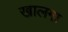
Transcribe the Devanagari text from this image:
खालगा